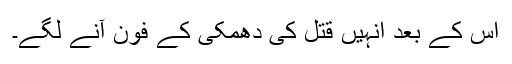
اس کے بعد انہیں قتل کی دھمکی کے فون آنے لگے۔